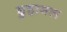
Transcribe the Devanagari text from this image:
डुहामल